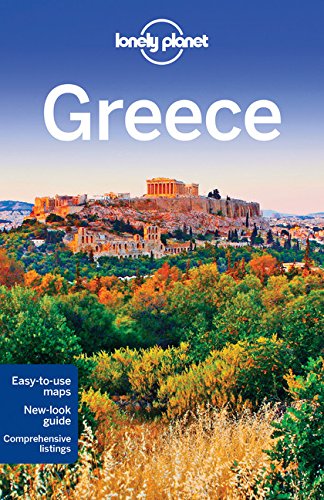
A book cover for Lonely Planet Greece (Travel Guide); Lonely Planet; Travel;